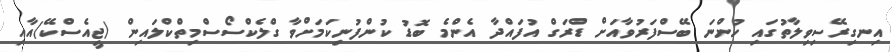
އިނގިރޭސިވިލާތުގައި ހުންނަ ބޭސްފަރުވާއަށް ޑްރަގް އުފައްދާ އެންމެ ބޮޑު ކުންފުނިކަމަށްވާ ގްލެކްސޯސްމިތްކްލައިން (ޖީއެސްކޭ)އާއި